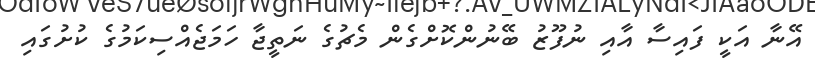
އޭނާ އަކީ ފައިސާ އާއި ނުފޫޒު ބޭނުންކޮށްގެން މެޗުގެ ނަތީޖާ ހަމަޖެއްސިކަމުގެ ކުށުގައި